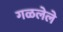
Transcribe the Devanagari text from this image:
गळलेले